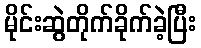
မိုင်းဆွဲတိုက်ခိုက်ခဲ့ပြီး